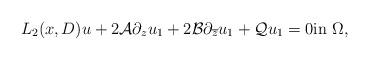
LaTeX: \begin{align*}{L}_2(x,{D}) u+2\mathcal A\partial_z u_1+2{\mathcal B}\partial_{\overline z} u_1+{\mathcal Q} u_1=0 \mbox{in}~ \Omega, \end{align*}